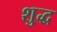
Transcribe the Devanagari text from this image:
शु्द्ध